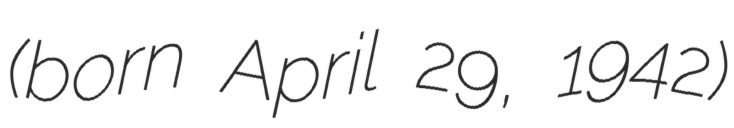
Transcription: (born April 29, 1942)